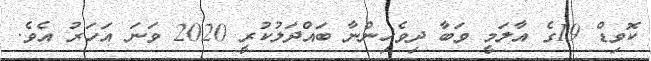
ކޮވިޑް 19ގެ އާލަމީ ވަބާ ދިވެހިންނާ ބައްދަލުކުރީ 2020 ވަނަ އަހަރު އެވެ.